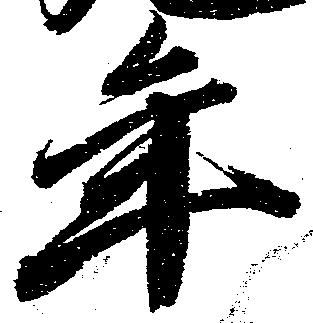
年